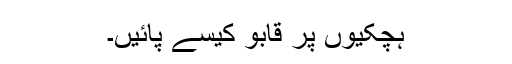
ہچکیوں پر قابو کیسے پائیں۔